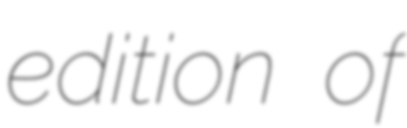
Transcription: edition of